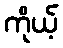
ကိုယ့်